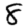
Digit: 8